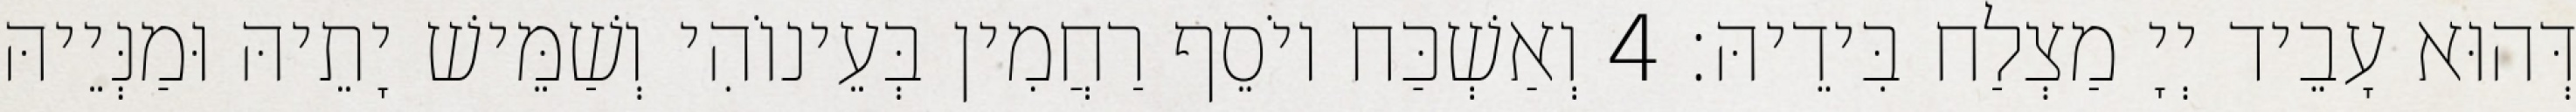
דְּהוּא עָבֵיד יְיָ מַצְלַח בִּידֵיהּ׃ 4 וְאַשְׁכַּח יוֹסֵף רַחֲמִין בְּעֵינוֹהִי וְשַׁמֵּישׁ יָתֵיהּ וּמַנְּיֵיהּ